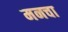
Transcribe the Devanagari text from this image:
मनचा